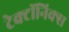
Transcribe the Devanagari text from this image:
टेक्टॉनिक्स